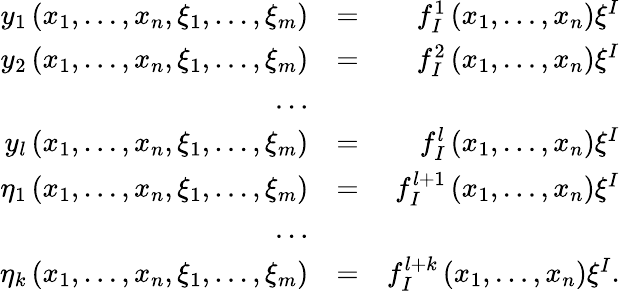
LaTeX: \begin{array}{rlr}{y_{1}\left(x_{1},\ldots,x_{n},\xi_{1},\ldots,\xi_{m}\right)}&{=}&{f_{I}^{1}\left(x_{1},\ldots,x_{n}\right)\xi^{I}}\\ {y_{2}\left(x_{1},\ldots,x_{n},\xi_{1},\ldots,\xi_{m}\right)}&{=}&{f_{I}^{2}\left(x_{1},\ldots,x_{n}\right)\xi^{I}}\\ {\ldots}&{}&\\ {y_{l}\left(x_{1},\ldots,x_{n},\xi_{1},\ldots,\xi_{m}\right)}&{=}&{f_{I}^{l}\left(x_{1},\ldots,x_{n}\right)\xi^{I}}\\ {\eta_{1}\left(x_{1},\ldots,x_{n},\xi_{1},\ldots,\xi_{m}\right)}&{=}&{f_{I}^{l+1}\left(x_{1},\ldots,x_{n}\right)\xi^{I}}\\ {\ldots}&{}&\\ {\eta_{k}\left(x_{1},\ldots,x_{n},\xi_{1},\ldots,\xi_{m}\right)}&{=}&{f_{I}^{l+k}\left(x_{1},\ldots,x_{n}\right)\xi^{I}.}\end{array}